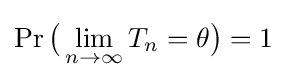
\Pr {\big (}\lim _{n\to \infty }T_{n}=\theta {\big )}=1